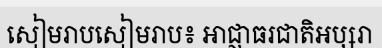
សៀមរាបសៀមរាប៖ អាជ្ញាធរជាតិអប្សរា